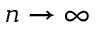
n \rightarrow \infty